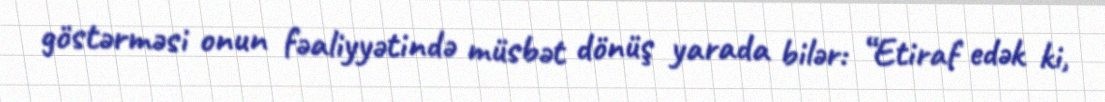
göstərməsi onun fəaliyyətində müsbət dönüş yarada bilər: “Etiraf edək ki,